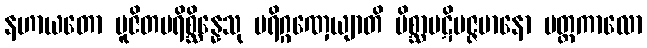
နဟာယတော ပူဇိတပရိစ္ဆိန္နေသု ပရိဂ္ဂဏှေယျာတိ မိစ္ဆာပဋိပဇ္ဇမာနော ပတ္တကာလော